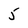
Character: 5